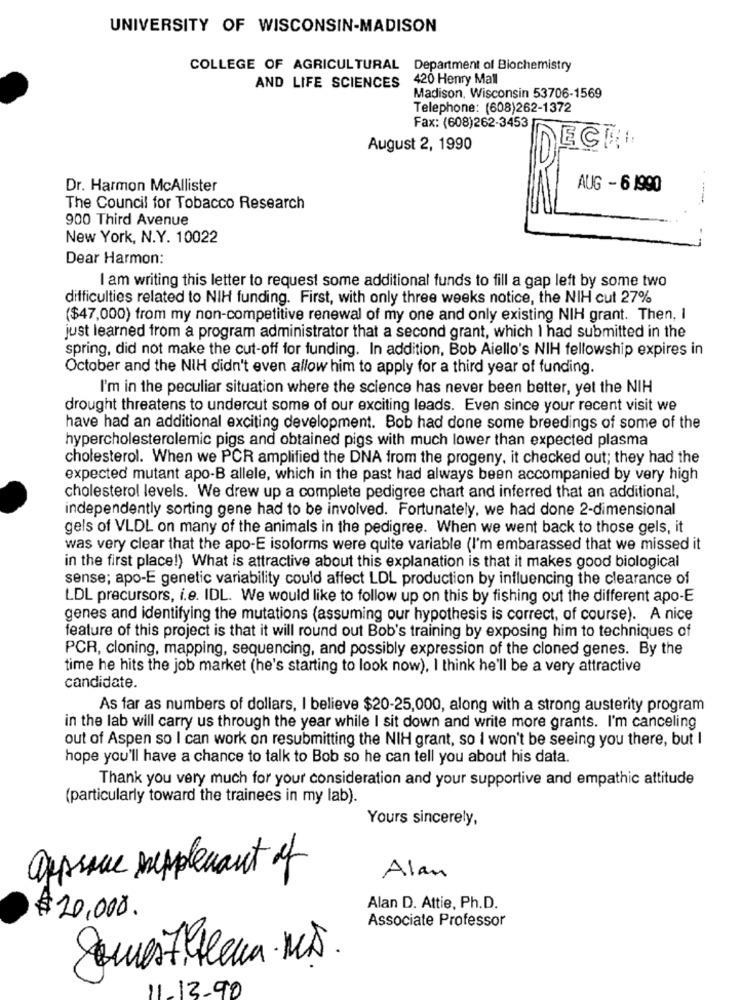
UNIVERSITY OF WISCONSIN-MADISON
COLLEGE OF AGRICULTURAL Department of Biochemistry
420 Henry Mall
AND LIFE SCIENCES
Madison, Wisconsin 53706-1569
Telephone: (608)262-1372
Fax: (608)262-3453
August 2, 1990
ECTI
Dr. Harmon McAllister
AUG - 6 1990
The Council for Tobacco Research
900 Third Avenue
New York, N.Y. 10022
Dear Harmon:
I am writing this letter to request some additional funds to fill a gap left by some two
difficulties related to NIH funding. First, with only three weeks notice, the NIH cut 27%
($47,000) from my non-competitive renewal of my one and only existing NIH grant. Then, I
just learned from a program administrator that a second grant, which I had submitted in the
spring, did not make the cut-off for funding. In addition, Bob Aiello's NIH fellowship expires in
October and the NIH didn't even allow him to apply for a third year of funding.
I'm in the peculiar situation where the science has never been better, yet the NIH
drought threatens to undercut some of our exciting leads. Even since your recent visit we
have had an additional exciting development. Bob had done some breedings of some of the
hypercholesterolemic pigs and obtained pigs with much lower than expected plasma
cholesterol. When we PCR amplified the DNA from the progeny, it checked out; they had the
expected mutant apo-B allele, which in the past had always been accompanied by very high
cholesterol levels. We drew up a complete pedigree chart and inferred that an additional,
independently sorting gene had to be involved. Fortunately, we had done 2-dimensional
gels of VLDL on many of the animals in the pedigree. When we went back to those gels, it
was very clear that the apo-E isoforms were quite variable (I'm embarassed that we missed it
in the first place!) What is attractive about this explanation is that it makes good biological
sense; apo-E genetic variability could affect LDL production by influencing the clearance of
LDL precursors, i.e. IDL. We would like to follow up on this by fishing out the different apo-E
genes and identifying the mutations (assuming our hypothesis is correct, of course). A nice
feature of this project is that it will round out Bob's training by exposing him to techniques of
PCR, cloning, mapping, sequencing, and possibly expression of the cloned genes. By the
time he hits the job market (he's starting to look now), I think he'll be a very attractive
candidate.
As far as numbers of dollars, I believe $20-25,000, along with a strong austerity program
in the lab will carry us through the year while I sit down and write more grants. I'm canceling
out of Aspen so I can work on resubmitting the NIH grant, so I won't be seeing you there, but I
hope you'll have a chance to talk to Bob so he can tell you about his data.
Thank you very much for your consideration and your supportive and empathic attitude
(particularly toward the trainees in my lab).
Yours sincerely,
approve suppleant of
Alan
Alan D. Attie, Ph.D.
$ 20,000.
Associate Professor
Questihelena MT.
11-13-90